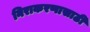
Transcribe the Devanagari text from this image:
निराकरणासाठी